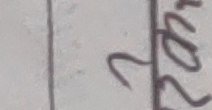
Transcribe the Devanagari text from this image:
सर्य